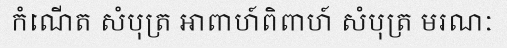
កំណើត សំបុត្រ អាពាហ៍ពិពាហ៍ សំបុត្រ មរណៈ